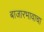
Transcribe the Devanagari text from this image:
बाजारभावाचा